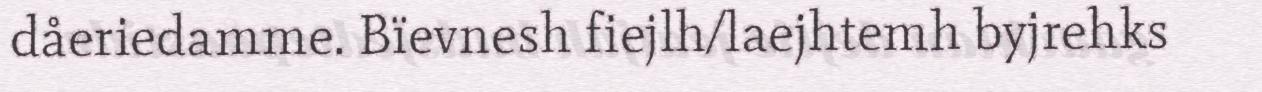
dåeriedamme. Bïevnesh fiejlh/laejhtemh byjrehks